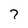
Character: 7